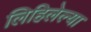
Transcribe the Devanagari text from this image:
लिहिलेल्‍या